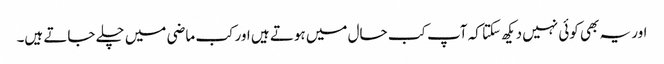
اور یہ بھی کوئی نہیں دیکھ سکتا کہ آپ کب حال میں ہوتے ہیں اور کب ماضی میں چلے جاتے ہیں۔